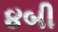
૪બી